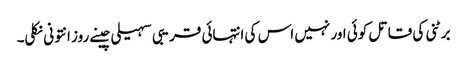
برٹنی کی قاتل کوئی اور نہیں اس کی انتہائی قریبی سہیلی چینے روز انتونی نکلی۔